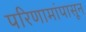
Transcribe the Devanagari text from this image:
परिणामांपासून